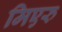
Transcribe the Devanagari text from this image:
मिएरु